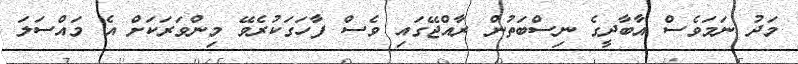
މަދު ނަމަވެސް އާބާދީގެ ނިސްބަތުން ރާއްޖޭގައި ވެސް ފާހަގަކުރެވޭ މިންވަރަކަށް އެ މައްސަލަ